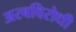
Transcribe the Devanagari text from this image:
अरबविरोधी